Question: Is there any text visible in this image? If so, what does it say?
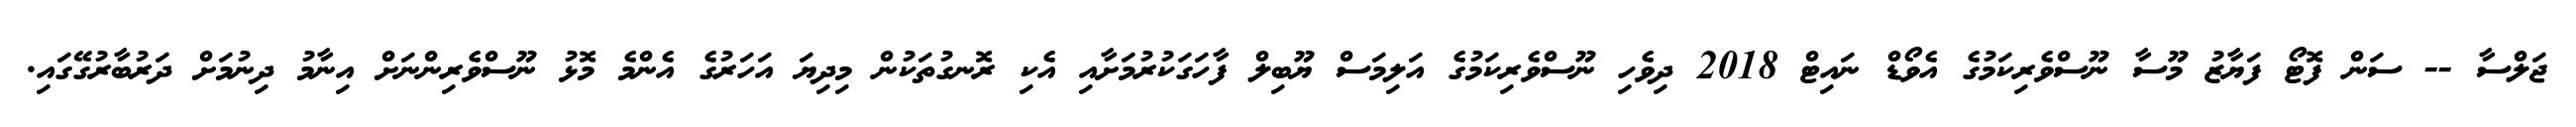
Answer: ޖަލްސާ -- ސަން ފޮޓޯ ފަޔާޒު މޫސާ ނޫސްވެރިކަމުގެ އެވޯޑް ނައިޓް 2018 ދިވެހި ނޫސްވެރިކަމުގެ އަލިމަސް ޔޫބިލް ފާހަގަކުރުމަށާއި އެކި ރޮނގުތަކުން މިދިޔަ އަހަރުގެ އެންމެ މޮޅު ނޫސްވެރިންނަށް އިނާމު ދިނުމަށް ދަރުބާރުގޭގައި.